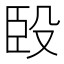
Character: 𰯯